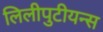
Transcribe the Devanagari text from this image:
लिलीपुटीयन्स